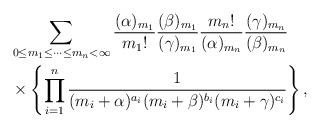
LaTeX: \begin{align*}\begin{aligned}&\sum_{0{\le}m_1{\le}\cdots{\le}m_n<\infty}\frac{(\alpha)_{m_1}}{{m_1}!}\frac{(\beta)_{m_1}}{(\gamma)_{m_1}}\frac{{m_n}!}{(\alpha)_{m_n}}\frac{(\gamma)_{m_{n}}}{(\beta)_{m_n}}\\&\times\left\{\prod_{i=1}^{n}\frac{1}{(m_i+\alpha)^{a_i}(m_i+\beta)^{b_i}(m_i+\gamma)^{c_i}}\right\},\end{aligned}\end{align*}